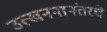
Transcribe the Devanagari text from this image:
उत्खननानंतरचे